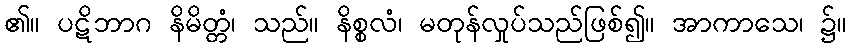
၏။ ပဋိဘာဂ နိမိတ္တံ၊ သည်။ နိစ္စလံ၊ မတုန်လှုပ်သည်ဖြစ်၍။ အာကာသေ၊ ၌။